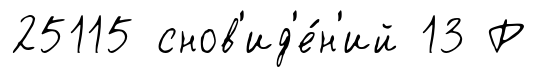
25115 снов'ид'е́н'ий 13 Р